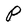
Character: P